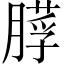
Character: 𦟵